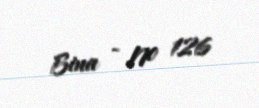
Bina - № 126